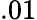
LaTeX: .01